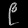
Digit: ၉